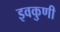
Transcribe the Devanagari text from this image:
इवकुणी